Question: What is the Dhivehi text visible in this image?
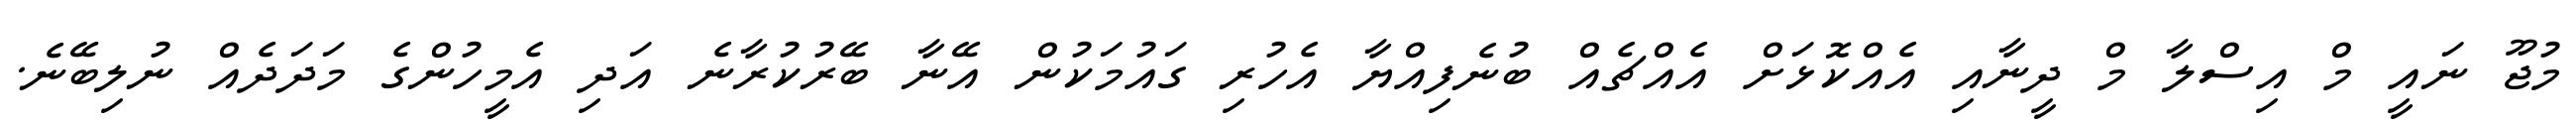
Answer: މުޖޫ ނައީ މް އިސްލާ މް ދީނާއި އެއްކޮޅަށް އެއްޗެއް ބުނެފިއްޔާ އެހުރި ގައުމަކުން އޭނާ ބޭރުކުރާނެ އަދި އެމީހުންގެ މަދަދެއް ނުލިބޭނެ.